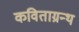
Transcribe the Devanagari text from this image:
कविताग्रन्थ